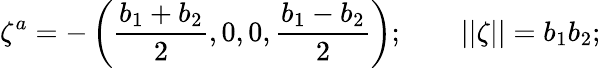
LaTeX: \zeta^{a}=-\left({\frac{b_{1}+b_{2}}{2}},0,0,{\frac{b_{1}-b_{2}}{2}}\right);\qquad||\zeta||=b_{1}b_{2};